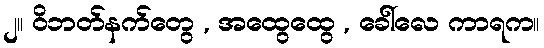
၂။ ဝိဘတ်နက်တွေ , အထွေထွေ , ခေါ်လေ ကာရက။